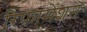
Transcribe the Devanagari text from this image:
रिफामेंशन